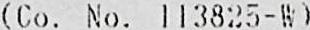
(CO. NO. 113825-W)